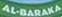
Al-BARAKA